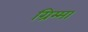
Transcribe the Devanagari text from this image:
ग्रिम्मा